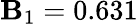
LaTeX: \mathbf{B}_{1}=0.631